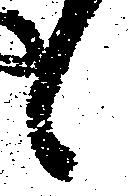
候